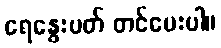
ရေနွေးပတ် တင်ပေးပါ။